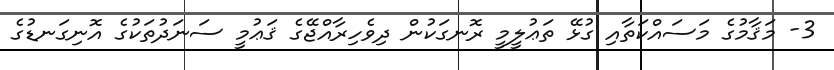
3- މަޤާމުގެ މަސައްކަތާއި ގުޅޭ ތަޢުލީމީ ރޮނގަކުން ދިވެހިރާއްޖޭގެ ޤަޢުމީ ސަނަދުތަކުގެ އޮނިގަނޑުގެ